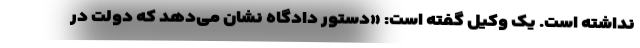
نداشته است. یک وکیل گفته است: «دستور دادگاه نشان می‌دهد که دولت در